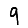
Digit: 9